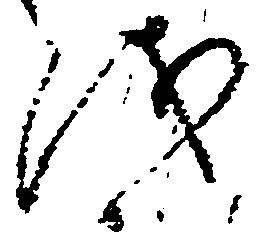
儀